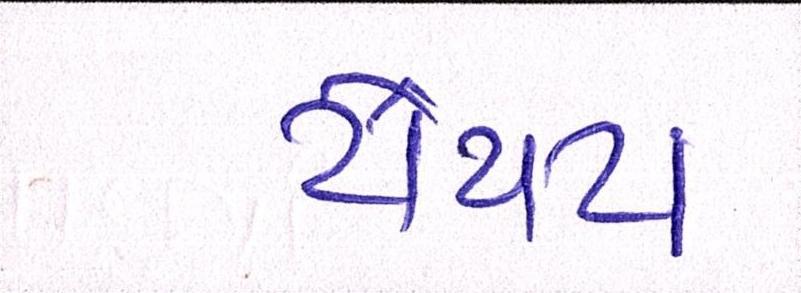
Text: ટોયટા